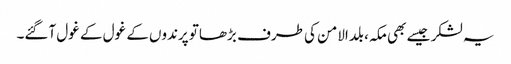
یہ لشکر جیسے بھی مکہ، بلدالامن کی طرف بڑھاتو پرندوں کے غول کے غول آگئے۔